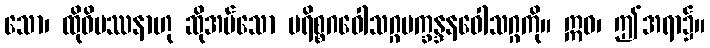
သော၊ ထိုဝိပဿနာဟု ဆိုအပ်သော ပရိစ္စဂဝေါသဂ္ဂပက္ခန္ဒနဝေါသဂ္ဂကို။ ဣဓ၊ ဤအရာ၌။